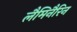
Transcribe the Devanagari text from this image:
लैमिनैरिन